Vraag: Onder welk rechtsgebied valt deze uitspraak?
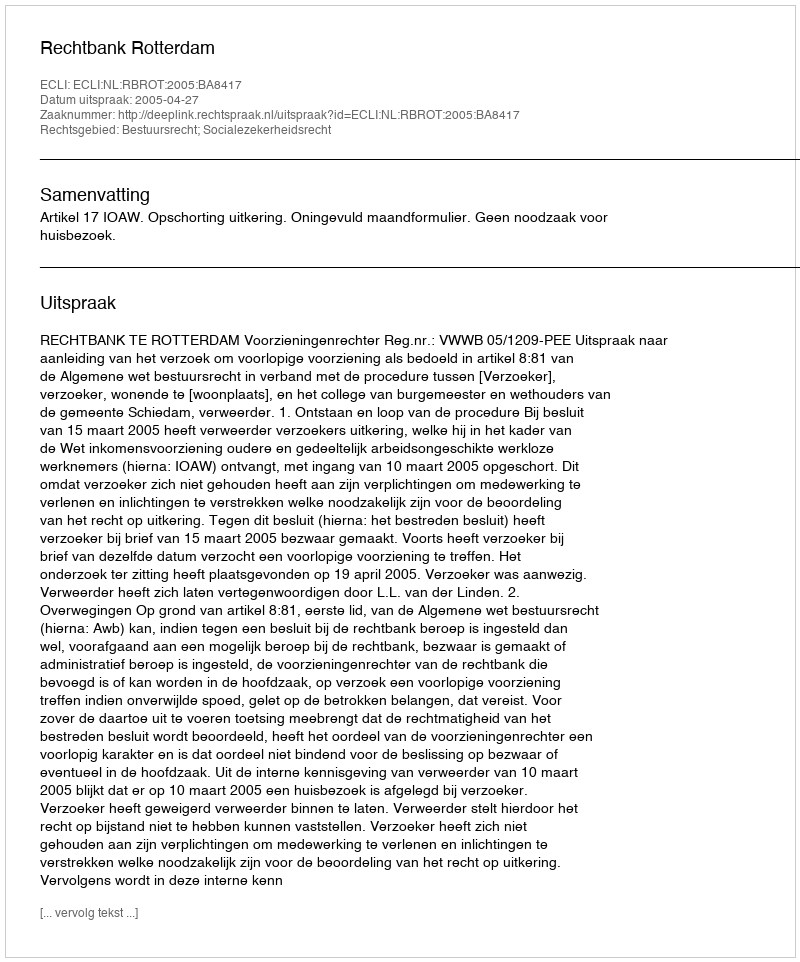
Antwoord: Bestuursrecht; Socialezekerheidsrecht